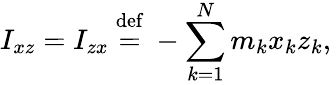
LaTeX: I_{xz}=I_{zx}\ {\stackrel{\mathrm{def}}{=}}\ -\sum_{k=1}^{N}m_{k}x_{k}z_{k},\,